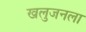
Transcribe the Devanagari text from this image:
खलुजनला